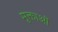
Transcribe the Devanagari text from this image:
मुक्ताओं